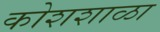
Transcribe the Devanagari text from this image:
कोशशाळा